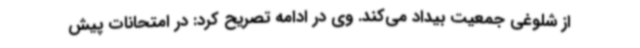
از شلوغی جمعیت بیداد می‌کند. وی در ادامه تصریح کرد: در امتحانات پیش